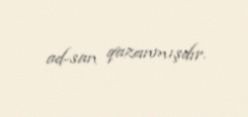
ad-san qazanmışdır.